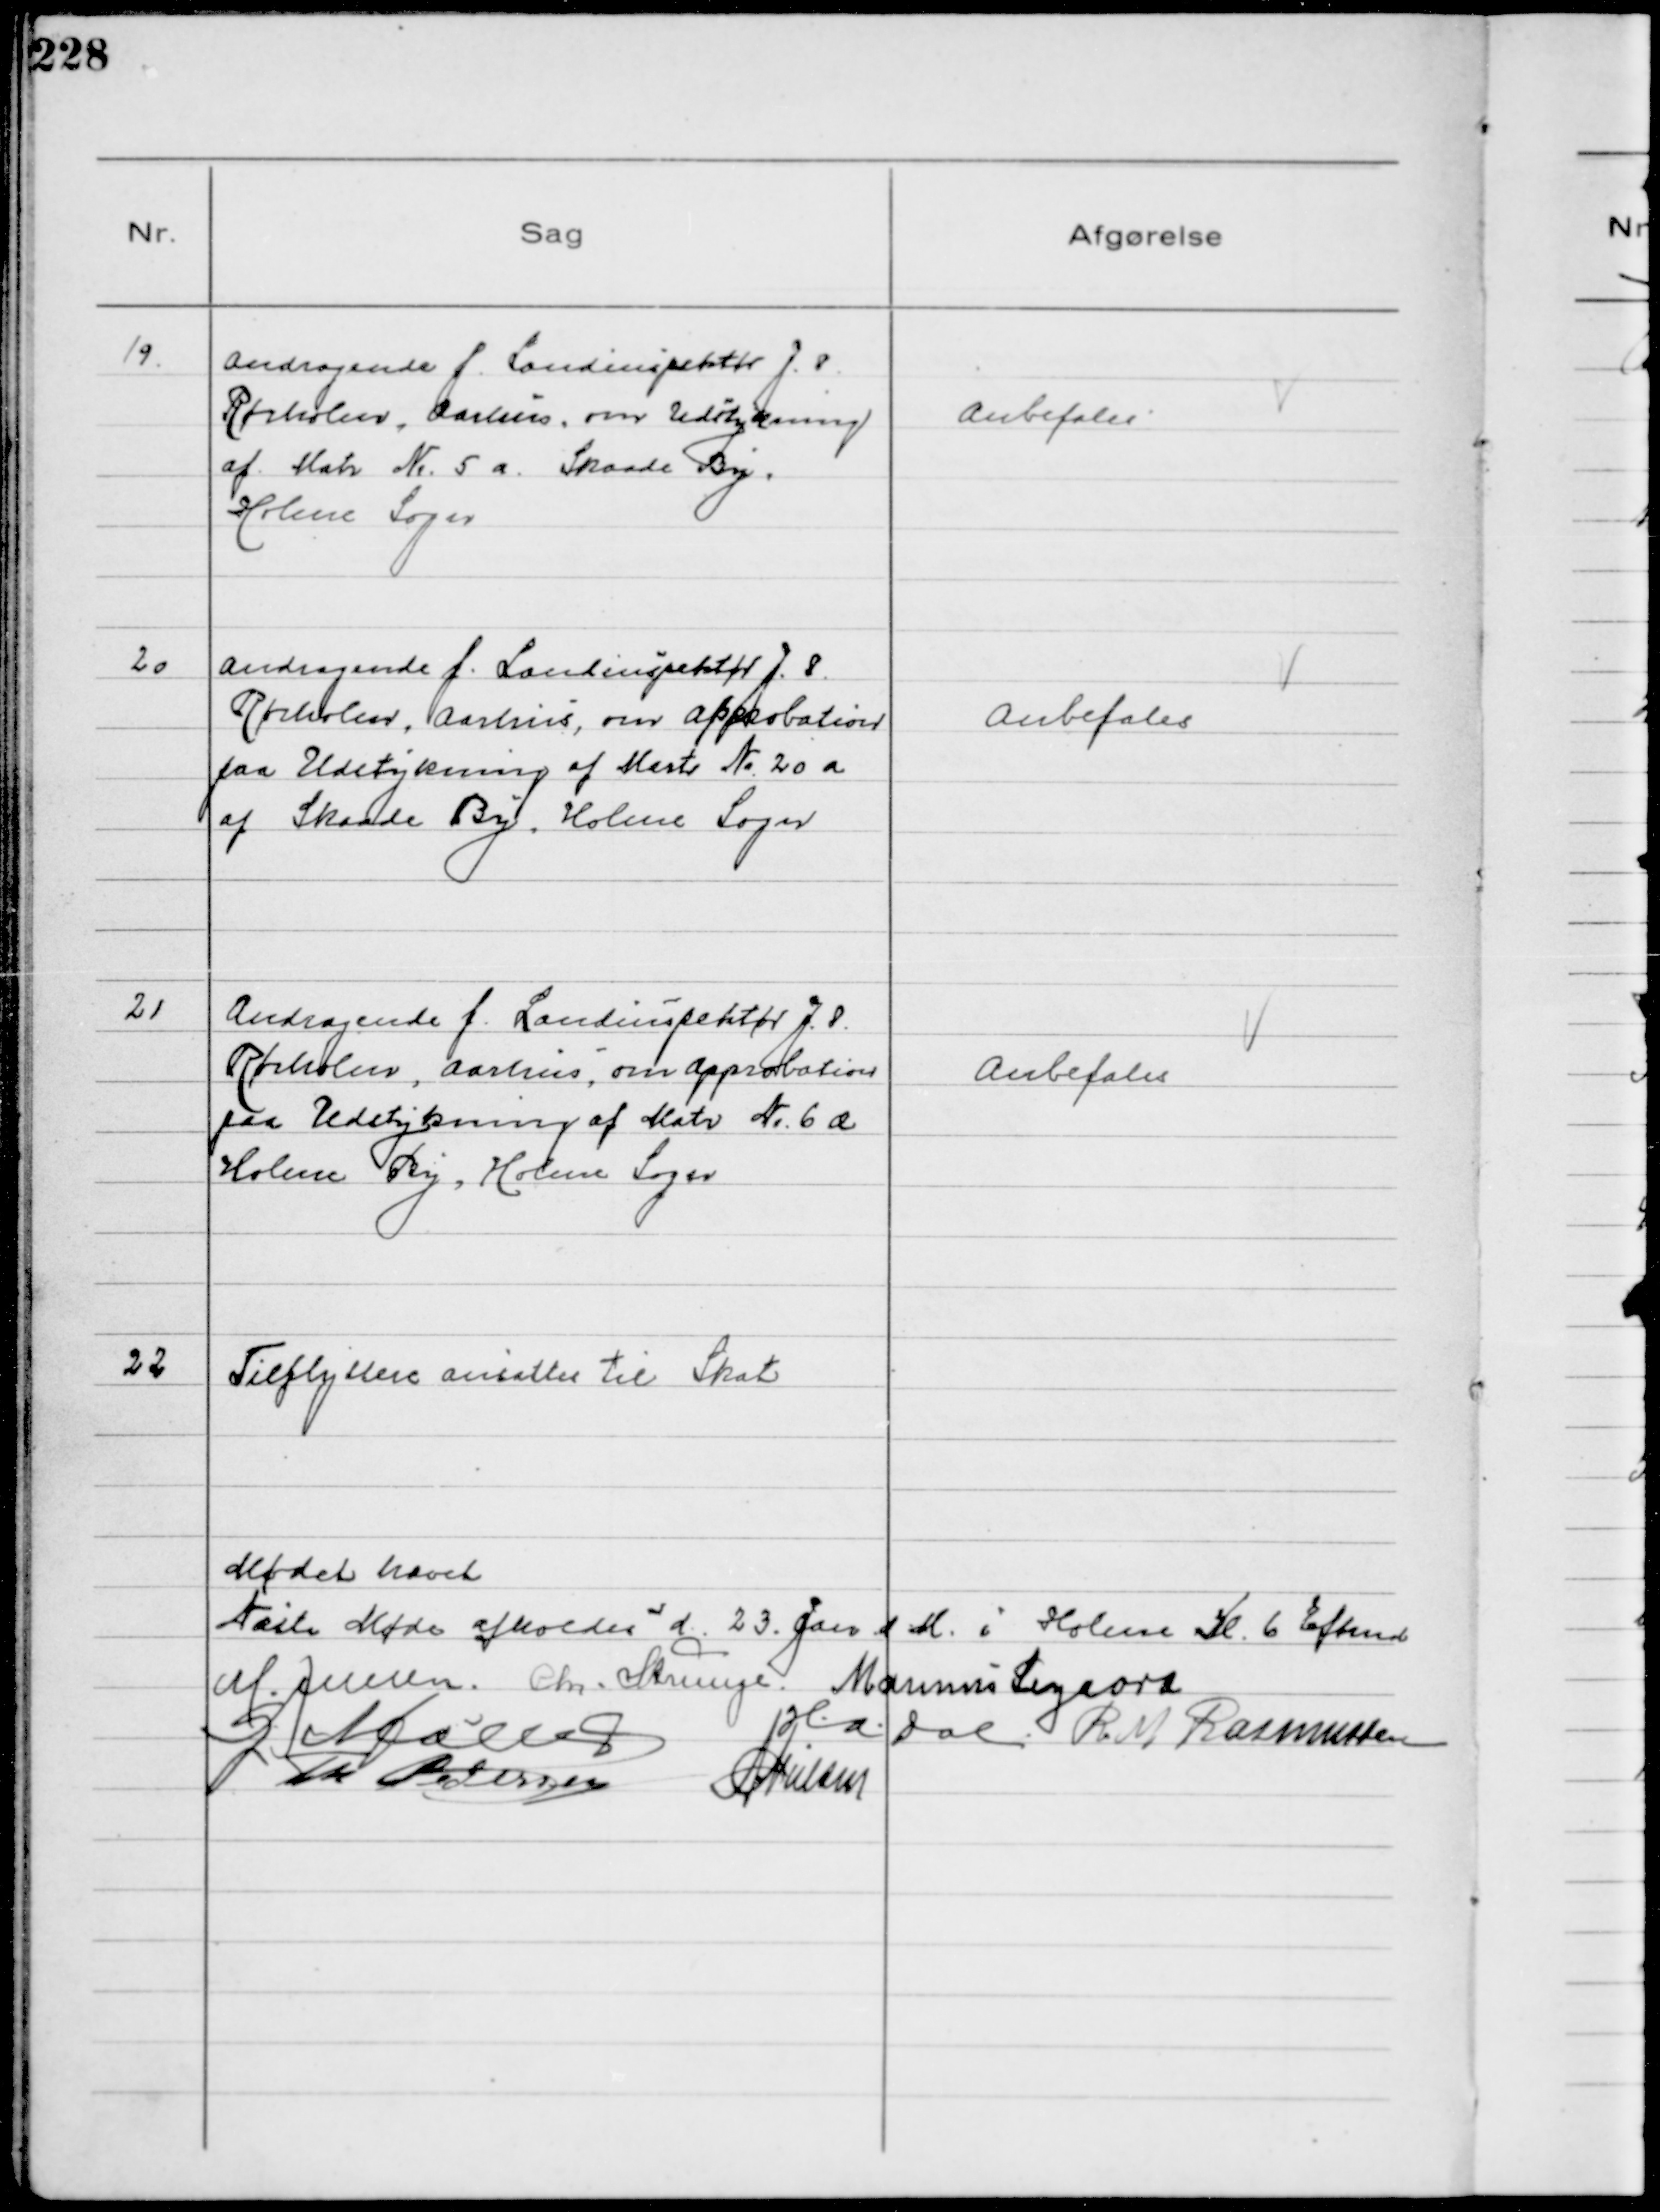
Transskription:
19.
Andragende f. Landinspektør J. P.
Rørholm, Aarhus, om Udstykning
af Matr N 5 a Skaade By,
Holme Sogn

Anbefales

20
Andragende f. Landinspektør J. P. 
Rørholm, Aarhus, om Approbation
paa Udstykning af Matr N 20 a
af Skaade By, Holme Sogn

Anbefales

21
Andragende f. Landinspektør J. P.
Rørholm, Aarhus, om Approbation
paa Udstykning af Matr N.6 æ
Holme By, Holme Sogn

Anbefales

22
Tilflyttere ansattes til Skat

Mødet hævet
Næste Møde afholdes d. 23. Jan d. M. i Holme Kl. 6 Eftmd
M. Jensen Chr. Strunge Marinus Sigaard
G Møller HADal R. M. Rasmussen
Th Pedersen NNielsen